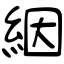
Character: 絪